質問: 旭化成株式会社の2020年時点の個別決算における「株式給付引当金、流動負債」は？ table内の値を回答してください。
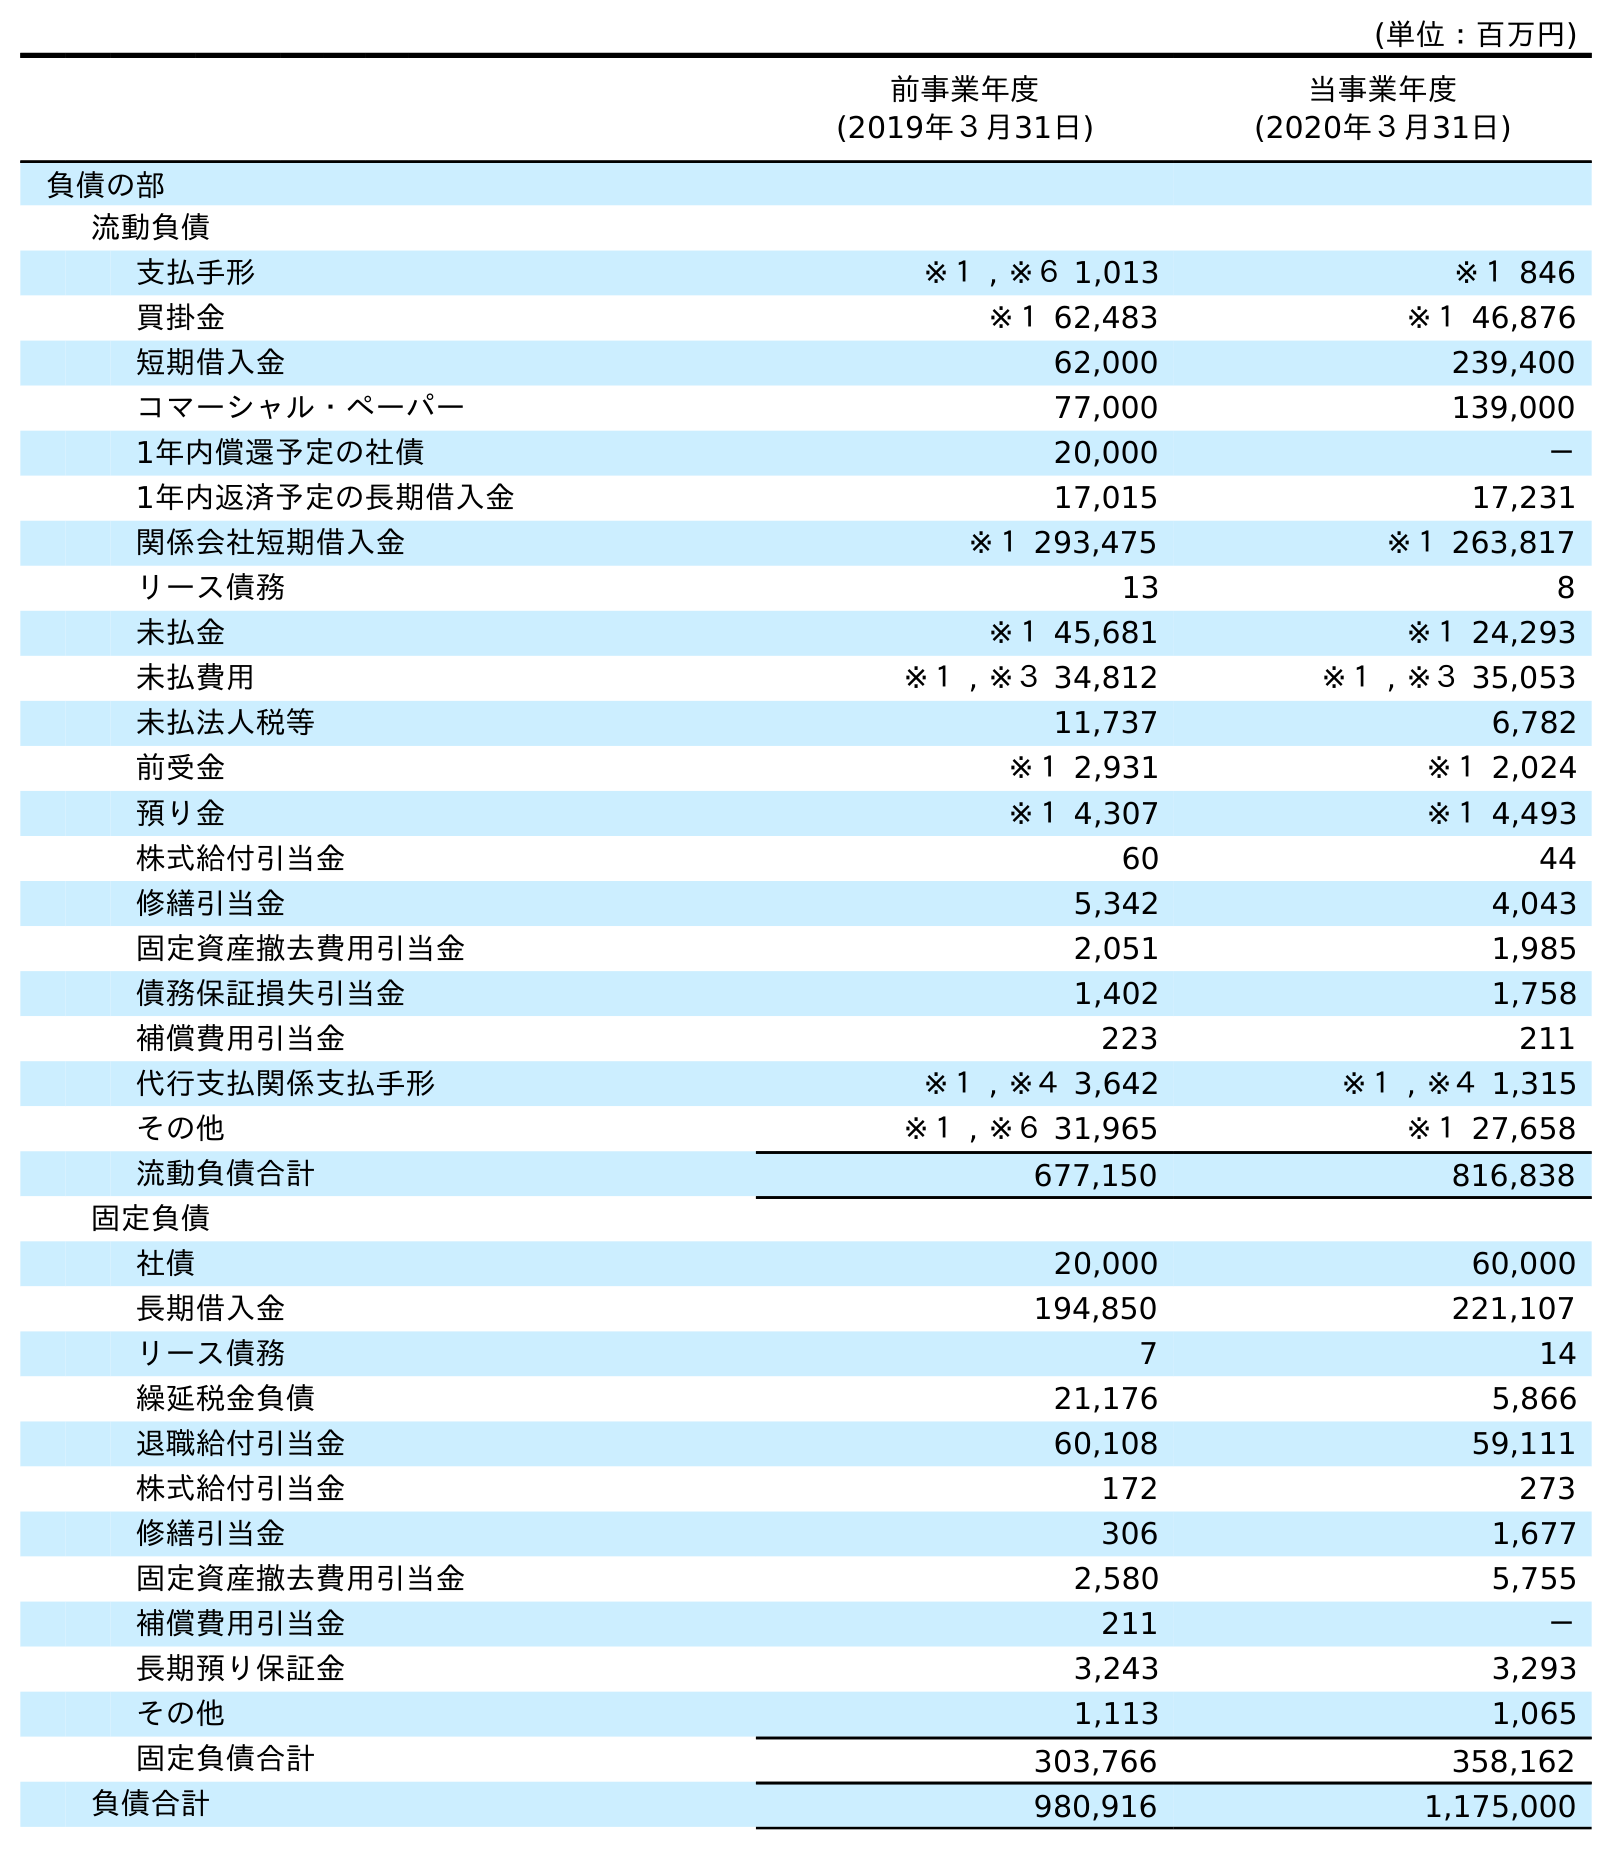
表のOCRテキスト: (単位：百万円) 前事業年度 (2019年３月31日) 当事業年度 (2020年３月31日) 負債の部 流動負債 支払手形 ※１ , ※６ 1,013 ※１ 846 買掛金 ※１ 62,483 ※１ 46,876 短期借入金 62,000 239,400 コマーシャル・ペーパー 77,000 139,000 1年内償還予定の社債 20,000 － 1年内返済予定の長期借入金 17,015 17,231 関係会社短期借入金 ※１ 293,475 ※１ 263,817 リース債務 13 8 未払金 ※１ 45,681 ※１ 24,293 未払費用 ※１ , ※３ 34,812 ※１ , ※３ 35,053 未払法人税等 11,737 6,782 前受金 ※１ 2,931 ※１ 2,024 預り金 ※１ 4,307 ※１ 4,493 株式給付引当金 60 44 修繕引当金 5,342 4,043 固定資産撤去費用引当金 2,051 1,985 債務保証損失引当金 1,402 1,758 補償費用引当金 223 211 代行支払関係支払手形 ※１ , ※４ 3,642 ※１ , ※４ 1,315 その他 ※１ , ※６ 31,965 ※１ 27,658 流動負債合計 677,150 816,838 固定負債 社債 20,000 60,000 長期借入金 194,850 221,107 リース債務 7 14 繰延税金負債 21,176 5,866 退職給付引当金 60,108 59,111 株式給付引当金 172 273 修繕引当金 306 1,677 固定資産撤去費用引当金 2,580 5,755 補償費用引当金 211 － 長期預り保証金 3,243 3,293 その他 1,113 1,065 固定負債合計 303,766 358,162 負債合計 980,916 1,175,000
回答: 44